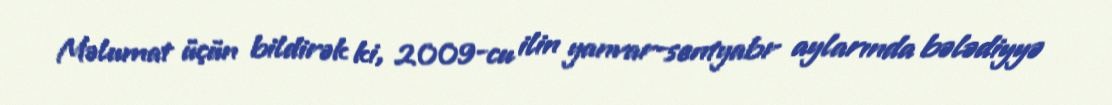
Məlumat üçün bildirək ki, 2009-cu ilin yanvar-sentyabr aylarında bələdiyyə